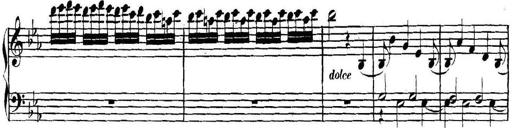
Title: Collected Piano Sonatas
Composer: Muzio Clementi